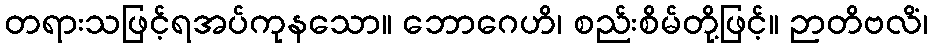
တရားသဖြင့်ရအပ်ကုနသော။ ဘောဂေဟိ၊ စည်းစိမ်တို့ဖြင့်။ ဉာတိဗလိံ၊